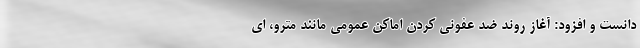
دانست و افزود: آغاز روند ضد عفونی کردن اماکن عمومی مانند مترو، ای